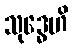
သုဒ္ဓေဟိ